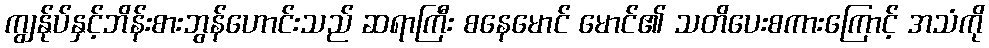
ကျွန်ုပ်နှင့်ဘိန်းစားဘွန်ဟောင်းသည် ဆရာကြီး စနေမောင် မောင်၏ သတိပေးစကားကြောင့် အသံကို